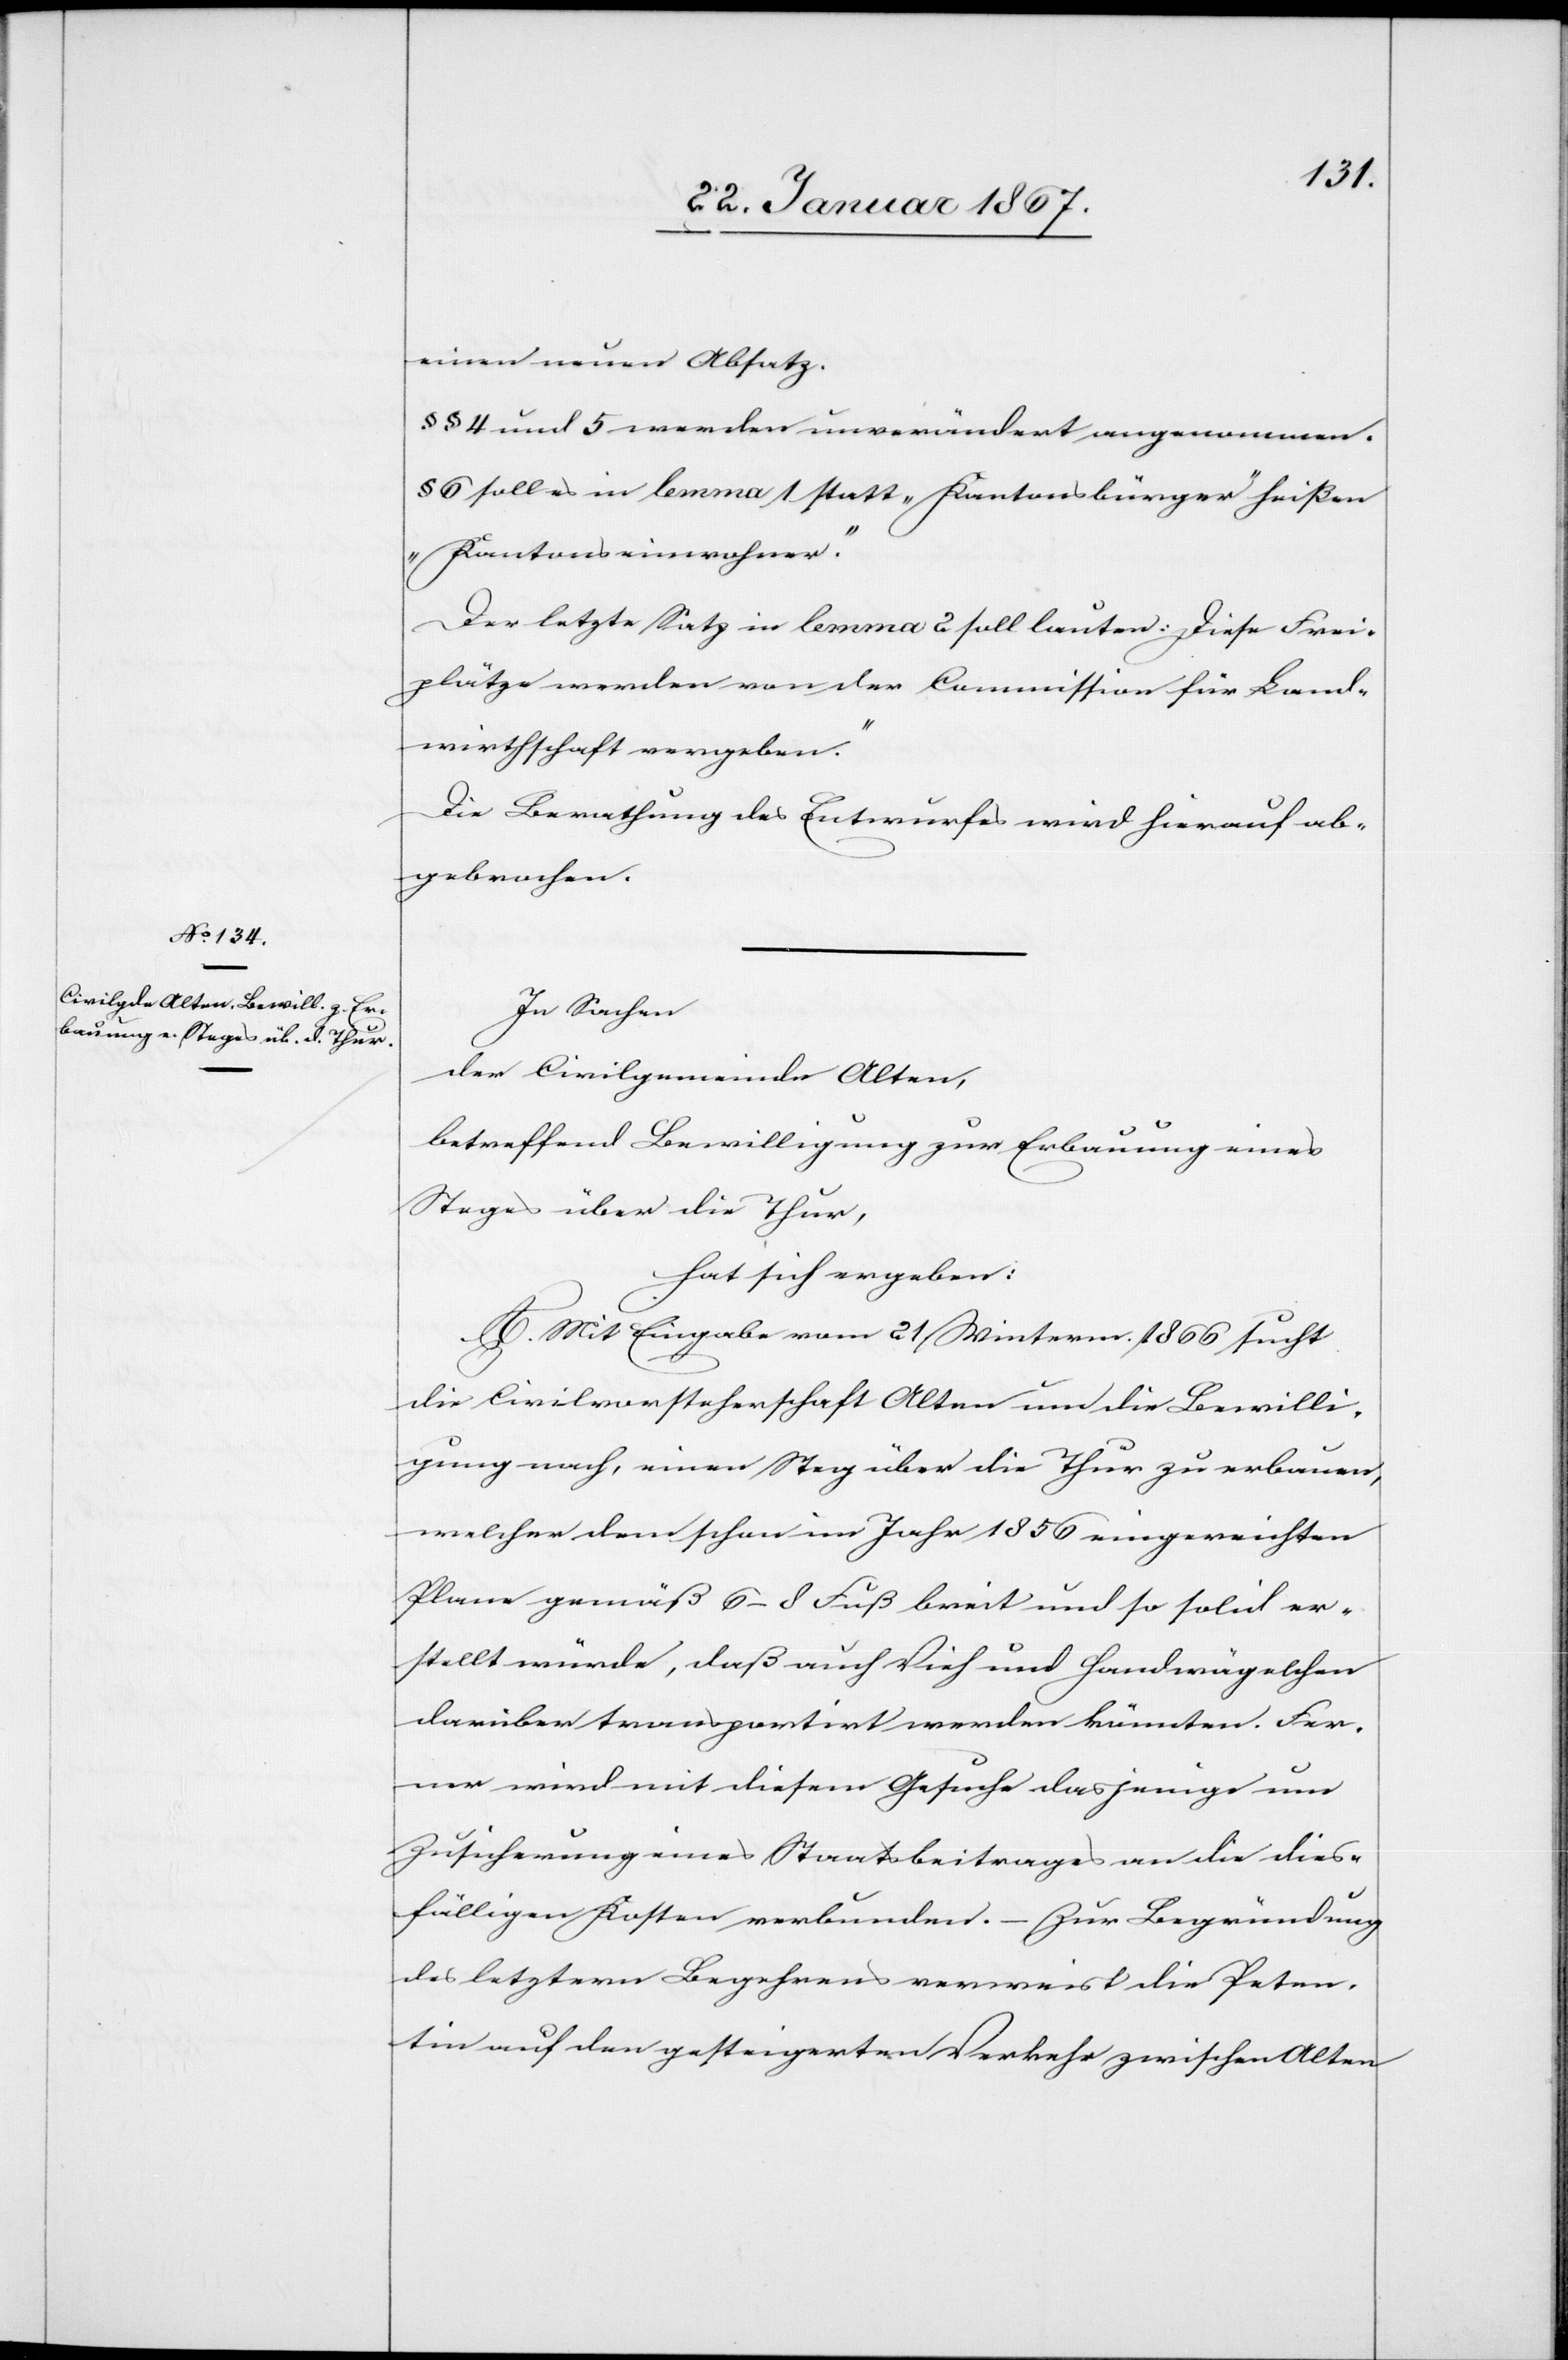
einen neuen Absatz.
§§ 4 und 5 werden unverändert angenommen.
§ 6 soll es in lemma 1 statt „Kantonsbürger“ heißen
„Kantonseinwohner“.
Der letzte Satz in lemma 2 soll lauten: „Diese Frei¬
plätze werden von der Commission für Land¬
wirthschaft vergeben.“
Die Berathung des Entwurfes wird hierauf ab¬
gebrochen.